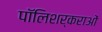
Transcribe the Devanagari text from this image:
पॉलिशर्कराओं